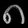
Digit: ၈